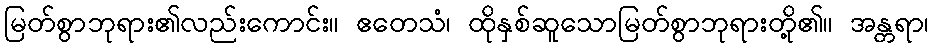
မြတ်စွာဘုရား၏လည်းကောင်း။ ဧတေသံ၊ ထိုနှစ်ဆူသောမြတ်စွာဘုရားတို့၏။ အန္တရာ၊